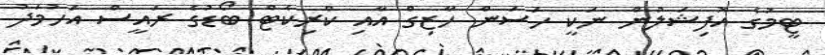
ޓީމުގެ އޮފިޝަލުން ނަކީ ހަސަން ހާޒިގް އާއި ކްރިކެޓް ބޯޑުގެ ރައީސް އަހުމަދު